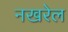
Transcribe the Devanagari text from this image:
नखरेल